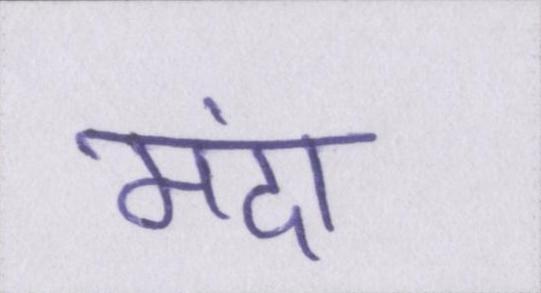
मंदा